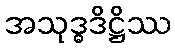
အသုဒ္ဓဒိဋ္ဌိဿ